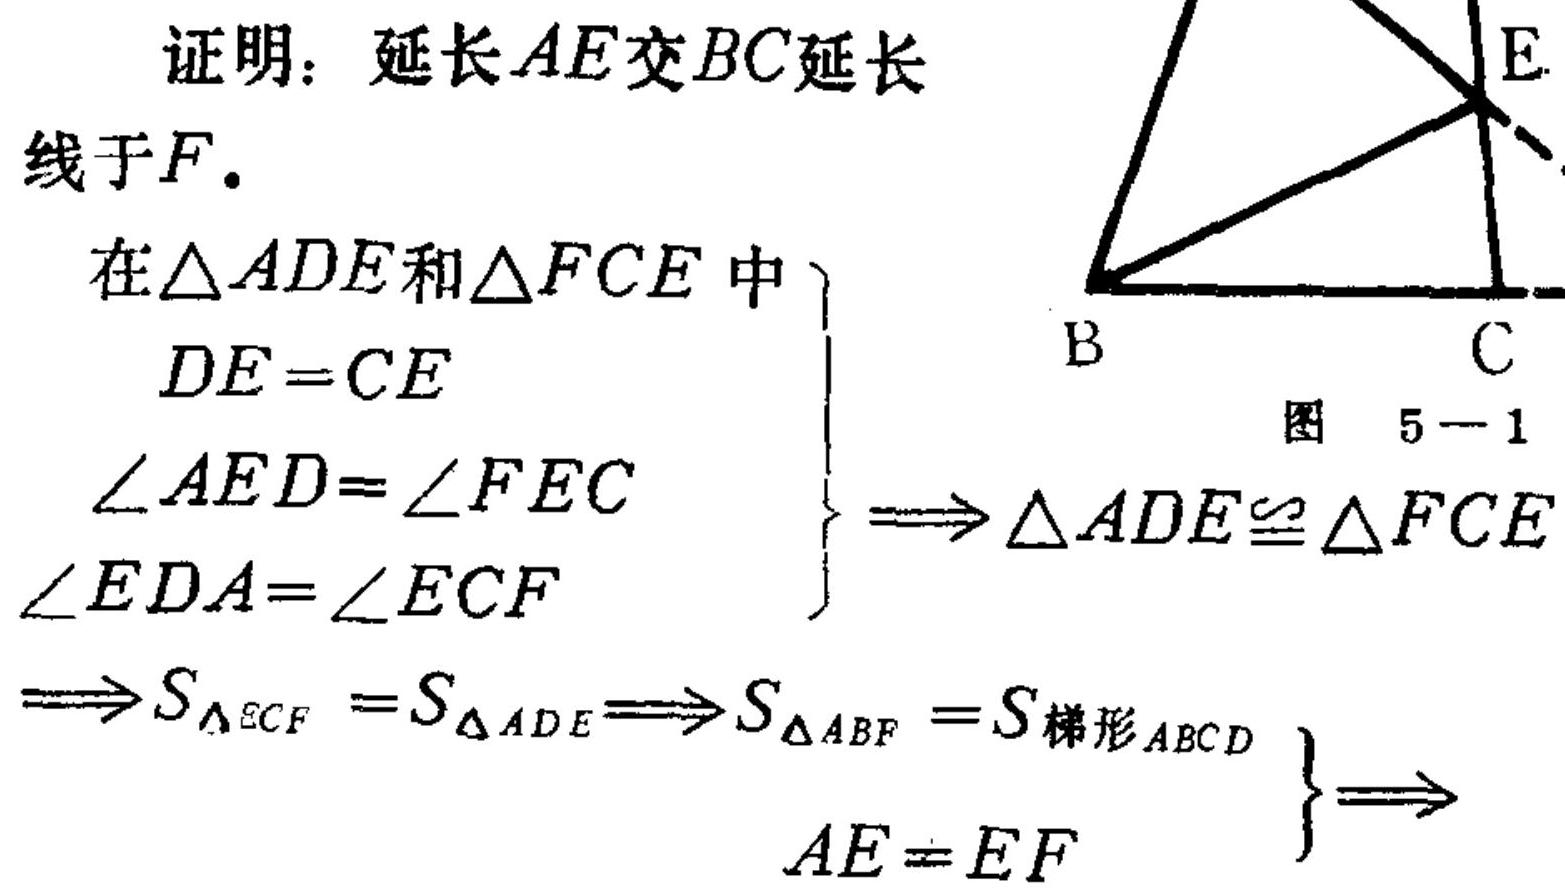
证明：延长$AE$交$BC$延长
线于$F$.
在$\triangle ADE$和$\triangle FCE$中
$\left.\begin{array}{l}
DE = CE\\
\angle AED=\angle FEC\\
\angle EDA=\angle ECF
\end{array}\right\}
\Rightarrow\triangle ADE\cong\triangle FCE$
$\Rightarrow S_{\triangle ECF}=S_{\triangle ADE}\Rightarrow S_{\triangle ABF}=S_{梯形ABCD}\\
\left.\begin{array}{l}
\\
AE = EF
\end{array}\right\}
\Rightarrow$